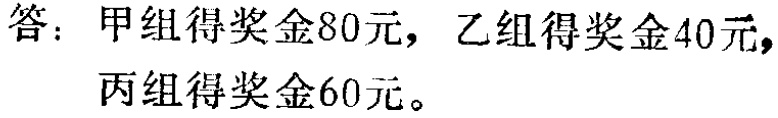
答：甲组得奖金80元，乙组得奖金40元，丙组得奖金60元。